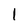
Character: 1